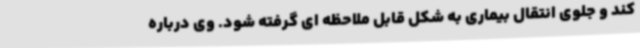
کند و جلوی انتقال بیماری به شکل قابل ملاحظه ای گرفته شود. وی درباره